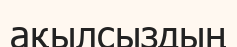
ақылсыздың